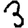
Digit: 3